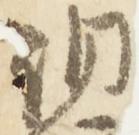
洞